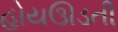
હોયઊડતી